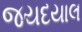
જયદયાલ